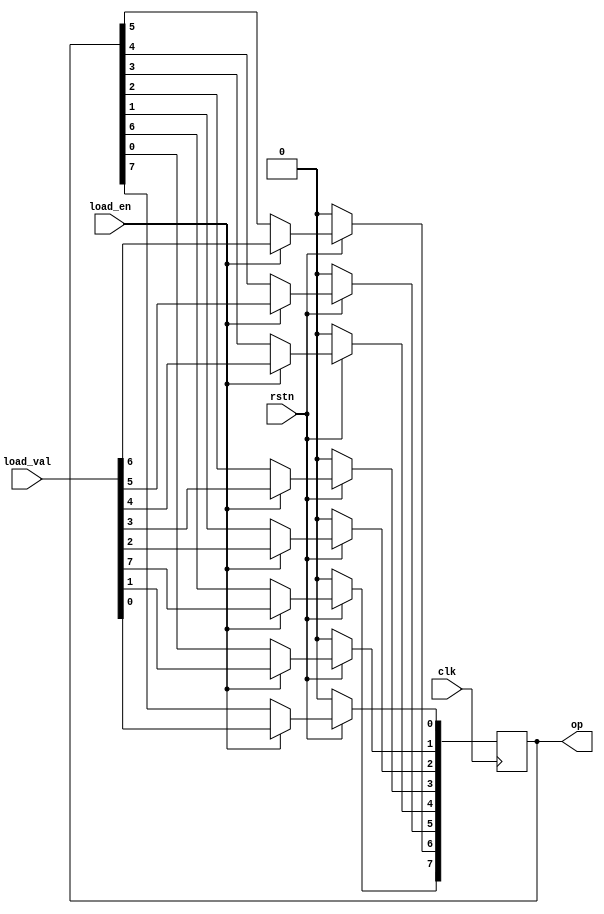
module lshift_reg(clk, rstn, load_val, load_en, op);

input clk, rstn, load_en;
input[7:0] load_val;
output reg[7:0] op;

always@(posedge clk)
begin
	if (!rstn)
	begin
	   op<=0;
  end
	else
	begin
		if(load_en)
		begin
			op<=load_val;
		end
    else
    begin
        op[0] <= op[7];
		    op[1] <= op[0];
		    op[2] <= op[1];
		    op[3] <= op[2];
		    op[4] <= op[3];
	 	    op[5] <= op[4];
		    op[6] <= op[5];
		    op[7] <= op[6];
    end
	end
end
endmodule